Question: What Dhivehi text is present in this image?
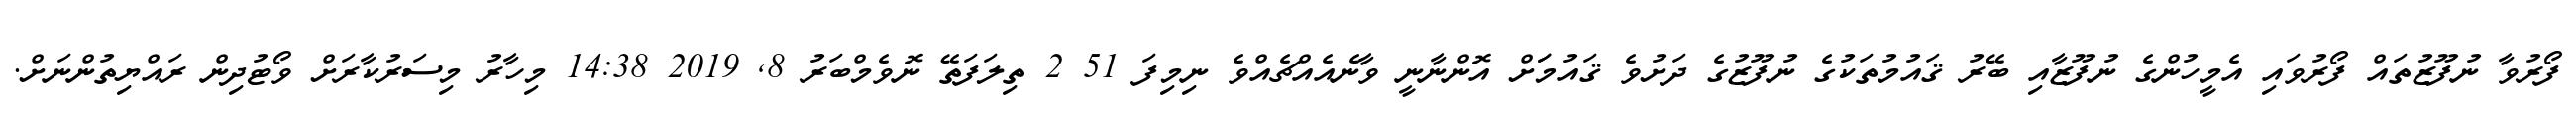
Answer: ފޯރުވާ ނުފޫޒުތައް ފޯރުވައި އެމީހުންގެ ނުފޫޒާއި ބޭރު ޤައުމުތަކުގެ ނުފޫޒުގެ ދަށުވެ ޤައުމަަށް އޮންނާނީ ވާނެއެއްޗެއްވެ ނިމިފަ 51 2 ތިލަފަތޭ ނޮވެމްބަރު 8, 2019 14:38 މިހާރު މިސަރުކާރަށް ވޯޓުދިން ރައްޔިތުންނަށް.